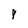
Character: 8